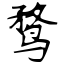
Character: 鹜